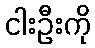
ငါးဦးကို